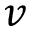
v